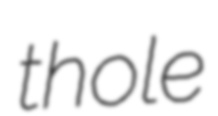
thole